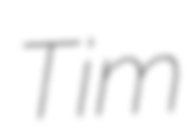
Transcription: Tim